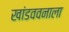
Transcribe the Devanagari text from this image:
खांडववनाला